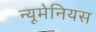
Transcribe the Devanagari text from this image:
न्यूमेनियस